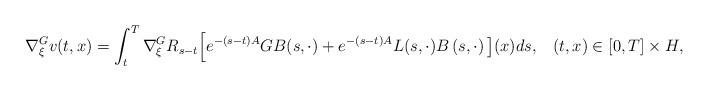
LaTeX: \begin{align*}\nabla^G_{\xi} v(t,x) =\int_{t}^{T} \nabla^G_{\xi}R_{s-t} \Big [ e^{-(s-t){A}}GB(s,\cdot)+e^{-(s-t){A}}L(s,\cdot)B\left( s,\cdot\right) \big] ( x) ds,\;\;\; (t,x) \in [0,T] \times H, \end{align*}